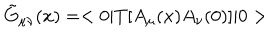
\tilde { G } _ { \mu \nu } ( x ) = < 0 | T [ A _ { \mu } ( x ) A _ { \nu } ( 0 ) ] | 0 >